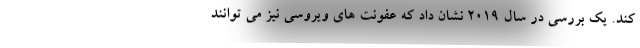
کند. یک بررسی در سال 2019 نشان داد که عفونت های ویروسی نیز می توانند